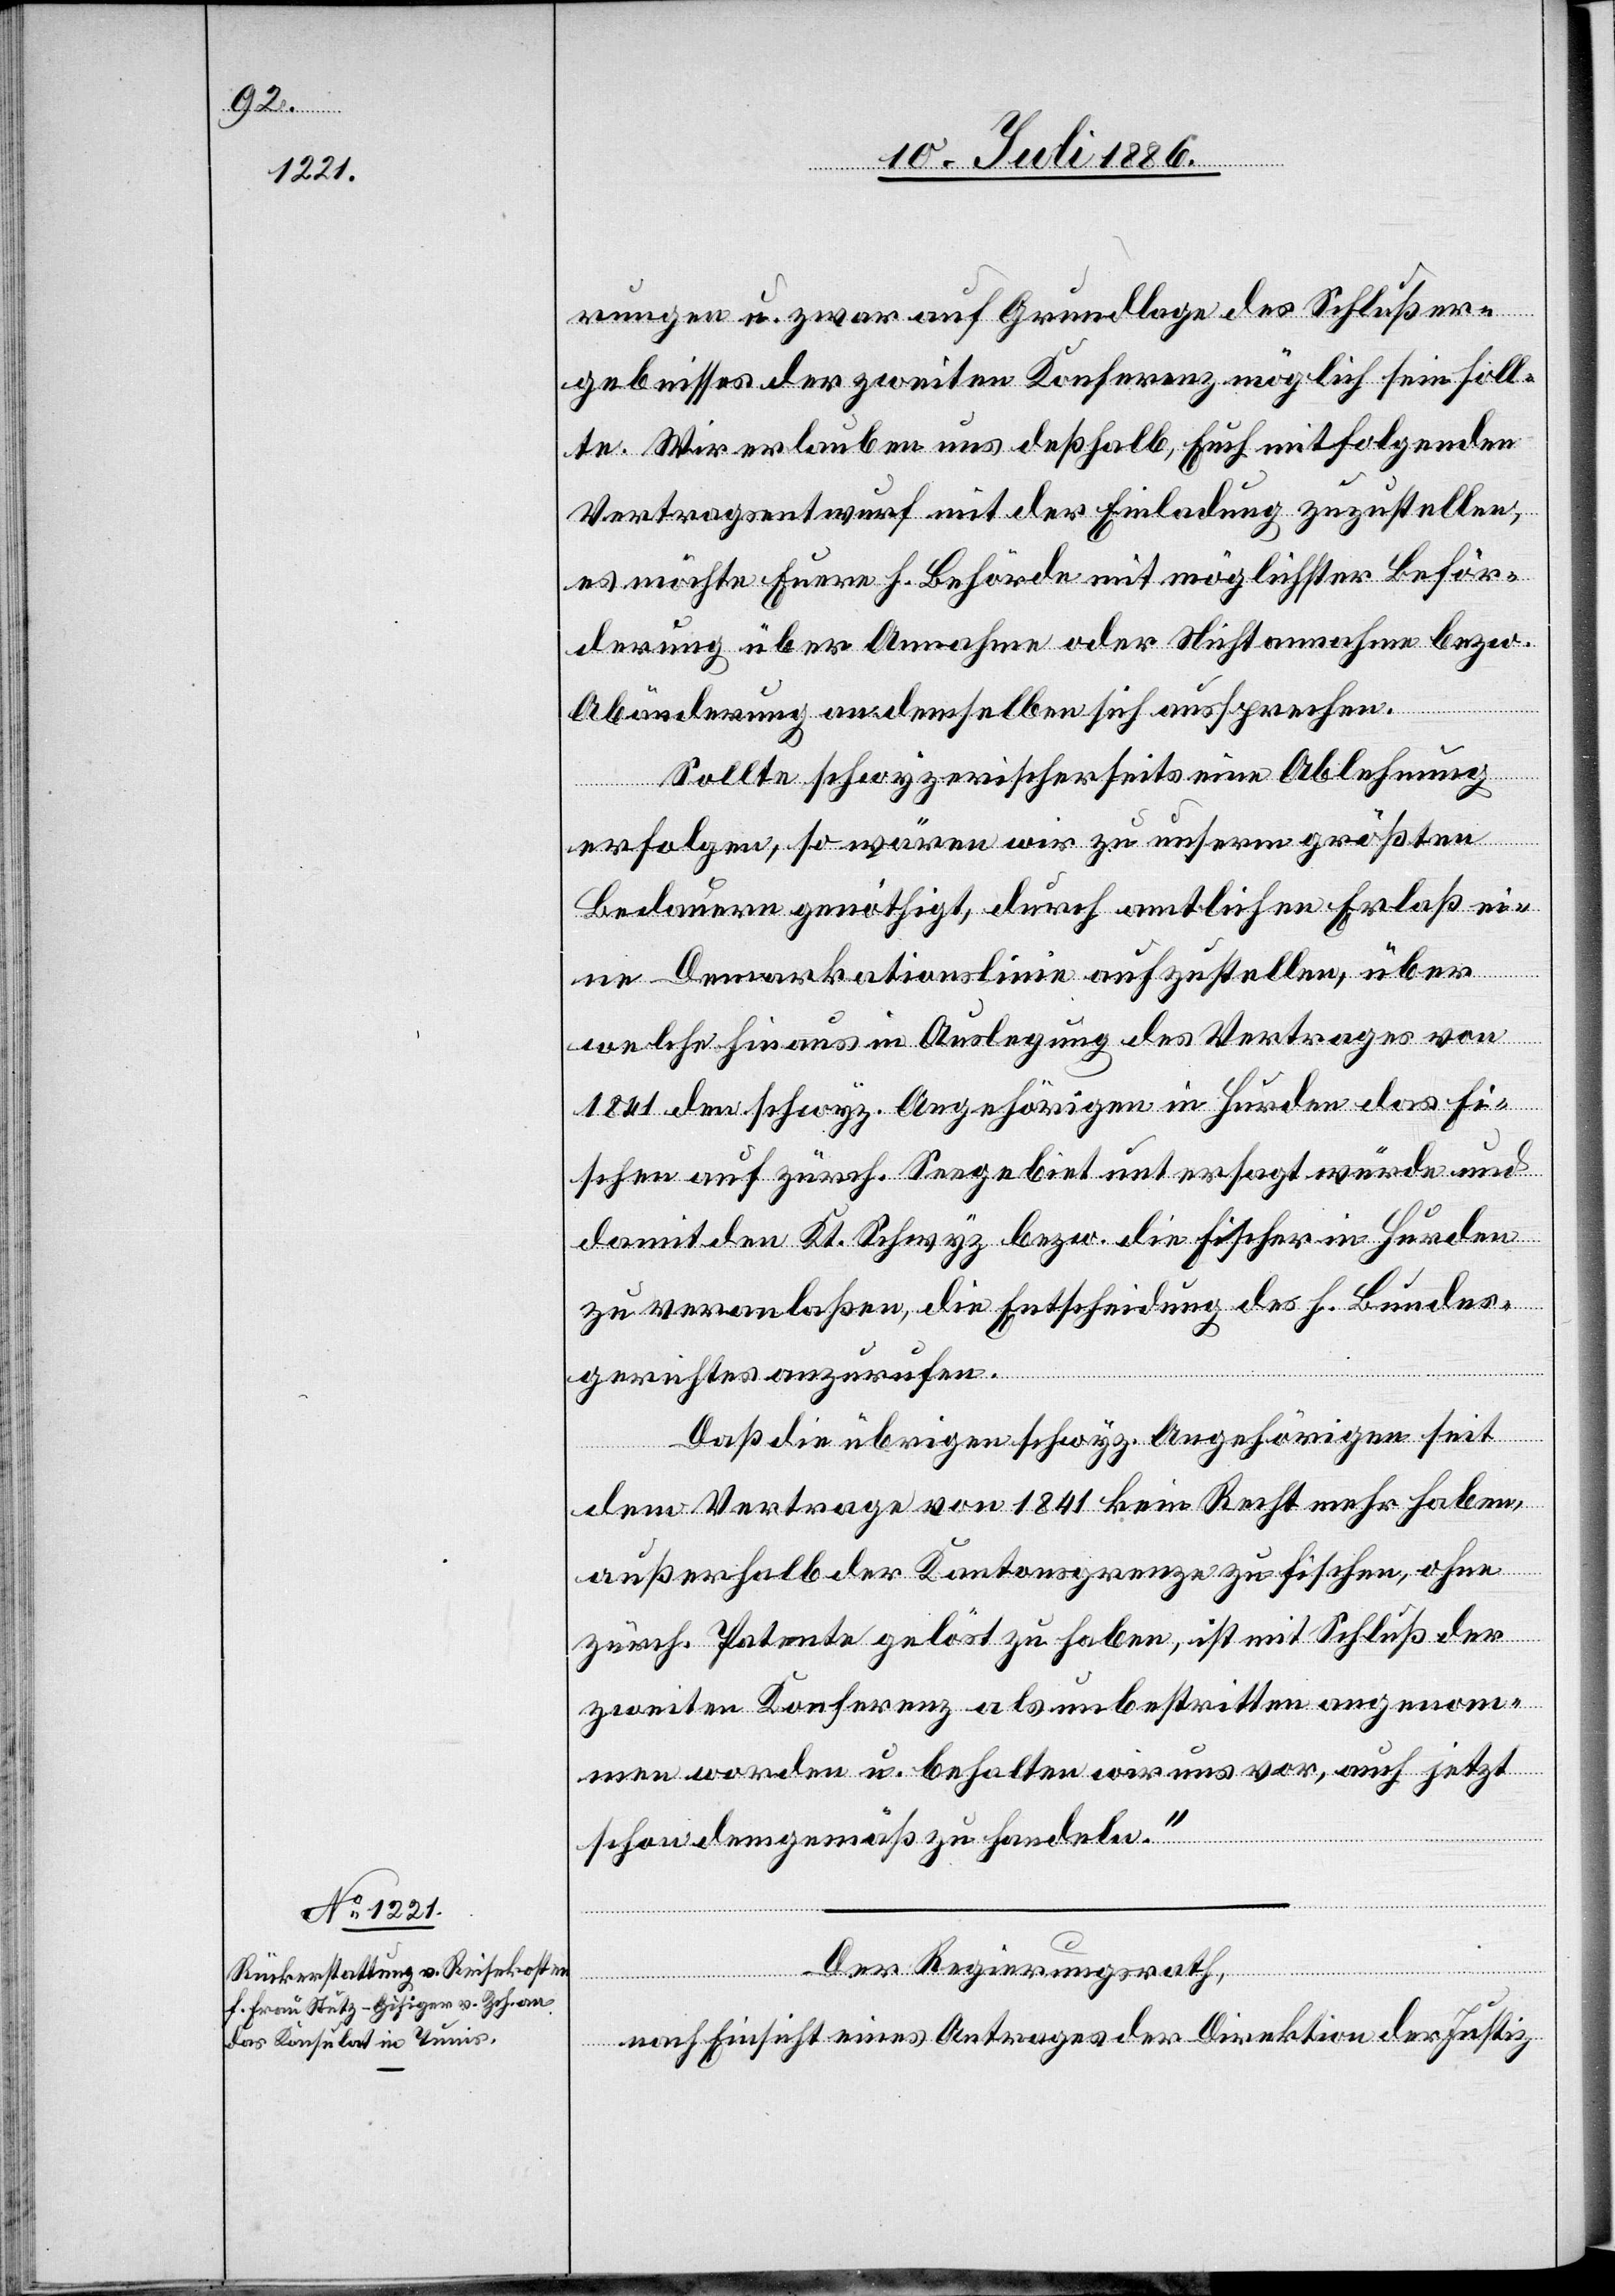
rungen u. zwar auf Grundlage des Schlußer¬
gebnisses der zweiten Konferenz möglich sein soll¬
te. Wir erlauben uns deßhalb, Euch mitfolgenden
Vertragsentwurf mit der Einladung zuzustellen,
es möchte Euere h. Behörde mit möglichster Beför¬
derung über Annahme oder Nichtannahme bezw.
Abänderung an demselben sich aussprechen.
Sollte schwyzerischerseits eine Ablehnung
erfolgen, so wären wir zu unserm größten
Bedauern genöthigt, durch amtlichen Erlaß ei¬
ne Demarkationslinie aufzustellen, über
welche hinaus in Auslegung des Vertrages von
1841 den schwyz. Angehörigen in Hurden das Fi¬
schen auf zürch. Seegebiet untersagt würde und
damit den Kt. Schwyz bezw. die Fischer in Hurden
zu veranlaßen, die Entscheidung des h. Bundes¬
gerichtes anzurufen.
Daß die übrigen schwyz. Angehörigen seit
dem Vertrage von 1841 kein Recht mehr haben,
außerhalb der Kantonsgrenze zu fischen, ohne
zürch. Patente gelöst zu haben, ist mit Schluß der
zweiten Konferenz als unbestritten angenom¬
men worden u. behalten wir uns vor, auch jetzt
schon demgemäß zu handeln.“
Der Regierungsrath,
nach Einsicht eines Antrages der Direktion der Justiz